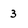
Character: 3